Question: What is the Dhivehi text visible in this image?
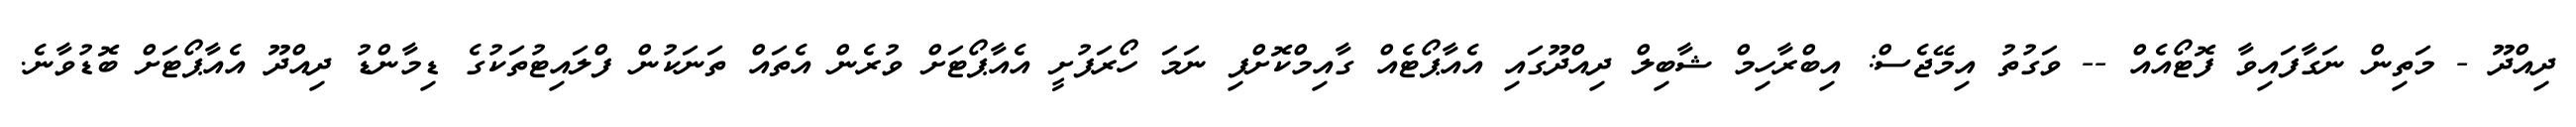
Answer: ދިއްދޫ - މަތިން ނަގާފައިވާ ފޮޓޯއެއް -- ވަގުތު އިމޭޖެސް: އިބްރާހިމް ޝާބިލް ދިއްދޫގައި އެއާޕޯޓެއް ގާއިމްކޮށްފި ނަމަ ހޯރަފުށީ އެއާޕޯޓަށް ވުރެން އެތައް ތަނަކުން ފްލައިޓުތަކުގެ ޑިމާންޑު ދިއްދޫ އެއާޕޯޓަށް ބޮޑުވާނެ.